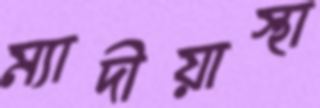
ম্যাদীয়াস্থা